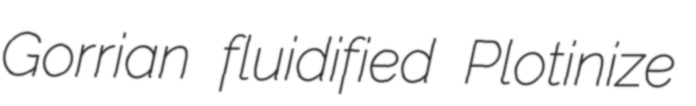
Gorrian fluidified Plotinize